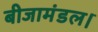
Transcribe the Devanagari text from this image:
बीजामंडल।